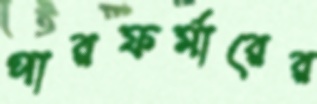
পারফর্মারের